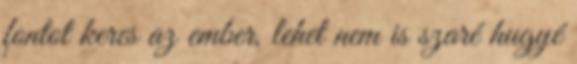
fontot keres az ember, lehet nem is szaré hugyé